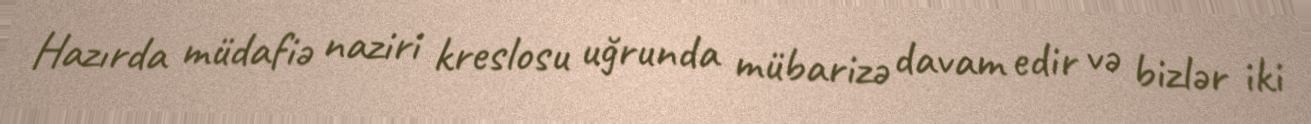
Hazırda müdafiə naziri kreslosu uğrunda mübarizə davam edir və bizlər iki